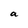
Character: a